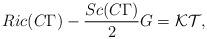
LaTeX: \begin{align*}Ric(C\Gamma )-\frac{Sc(C\Gamma )}{2}G=\mathcal{KT},\end{align*}